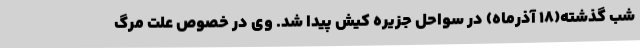
شب گذشته(18 آذرماه) در سواحل جزیره کیش پیدا شد. وی در خصوص علت مرگ